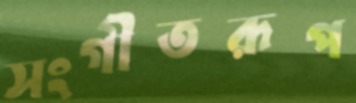
সংগীতরূপ